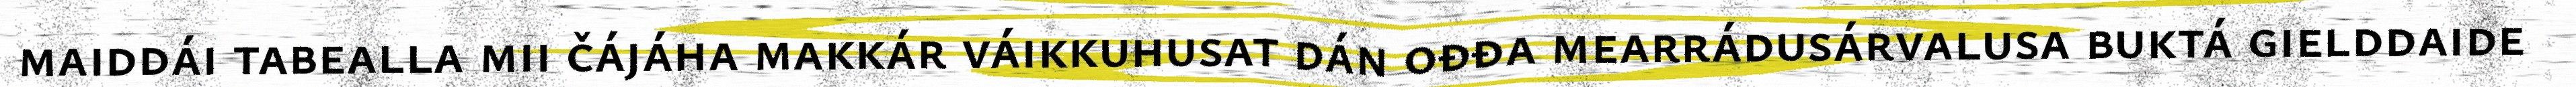
maiddái tabealla mii čájáha makkár váikkuhusat dán ođđa mearrádusárvalusa buktá gielddaide